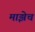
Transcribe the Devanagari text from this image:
माझेच